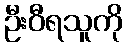
ဦးဝီရသူကို